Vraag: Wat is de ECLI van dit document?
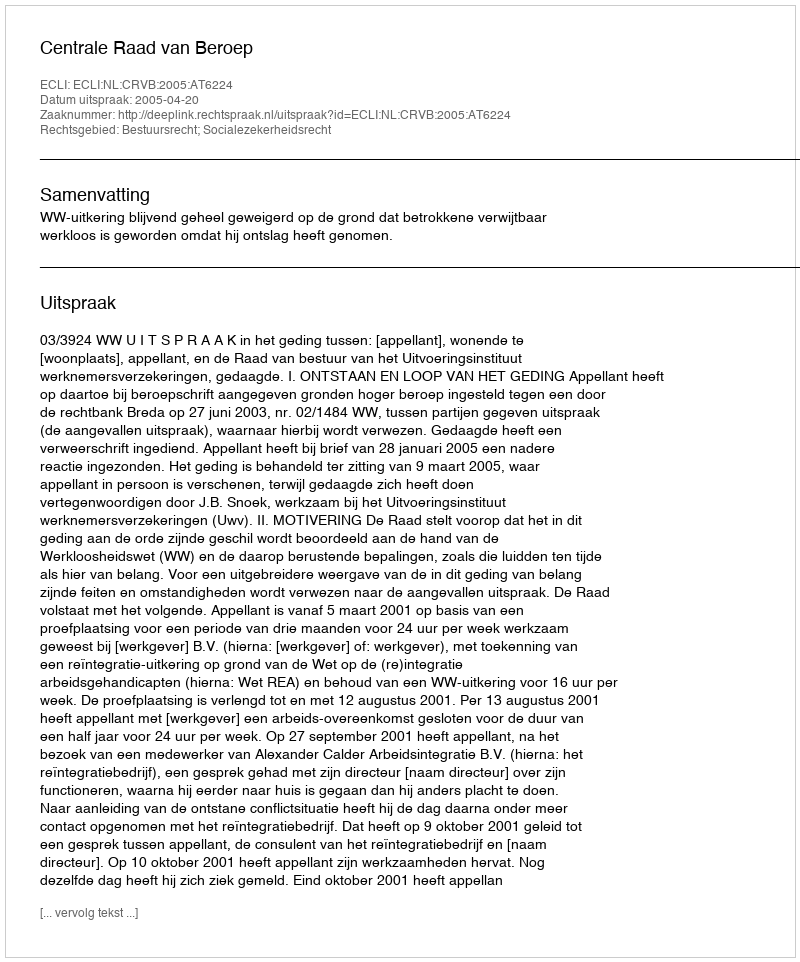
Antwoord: ECLI:NL:CRVB:2005:AT6224